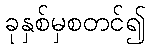
ခုနှစ်မှစတင်၍